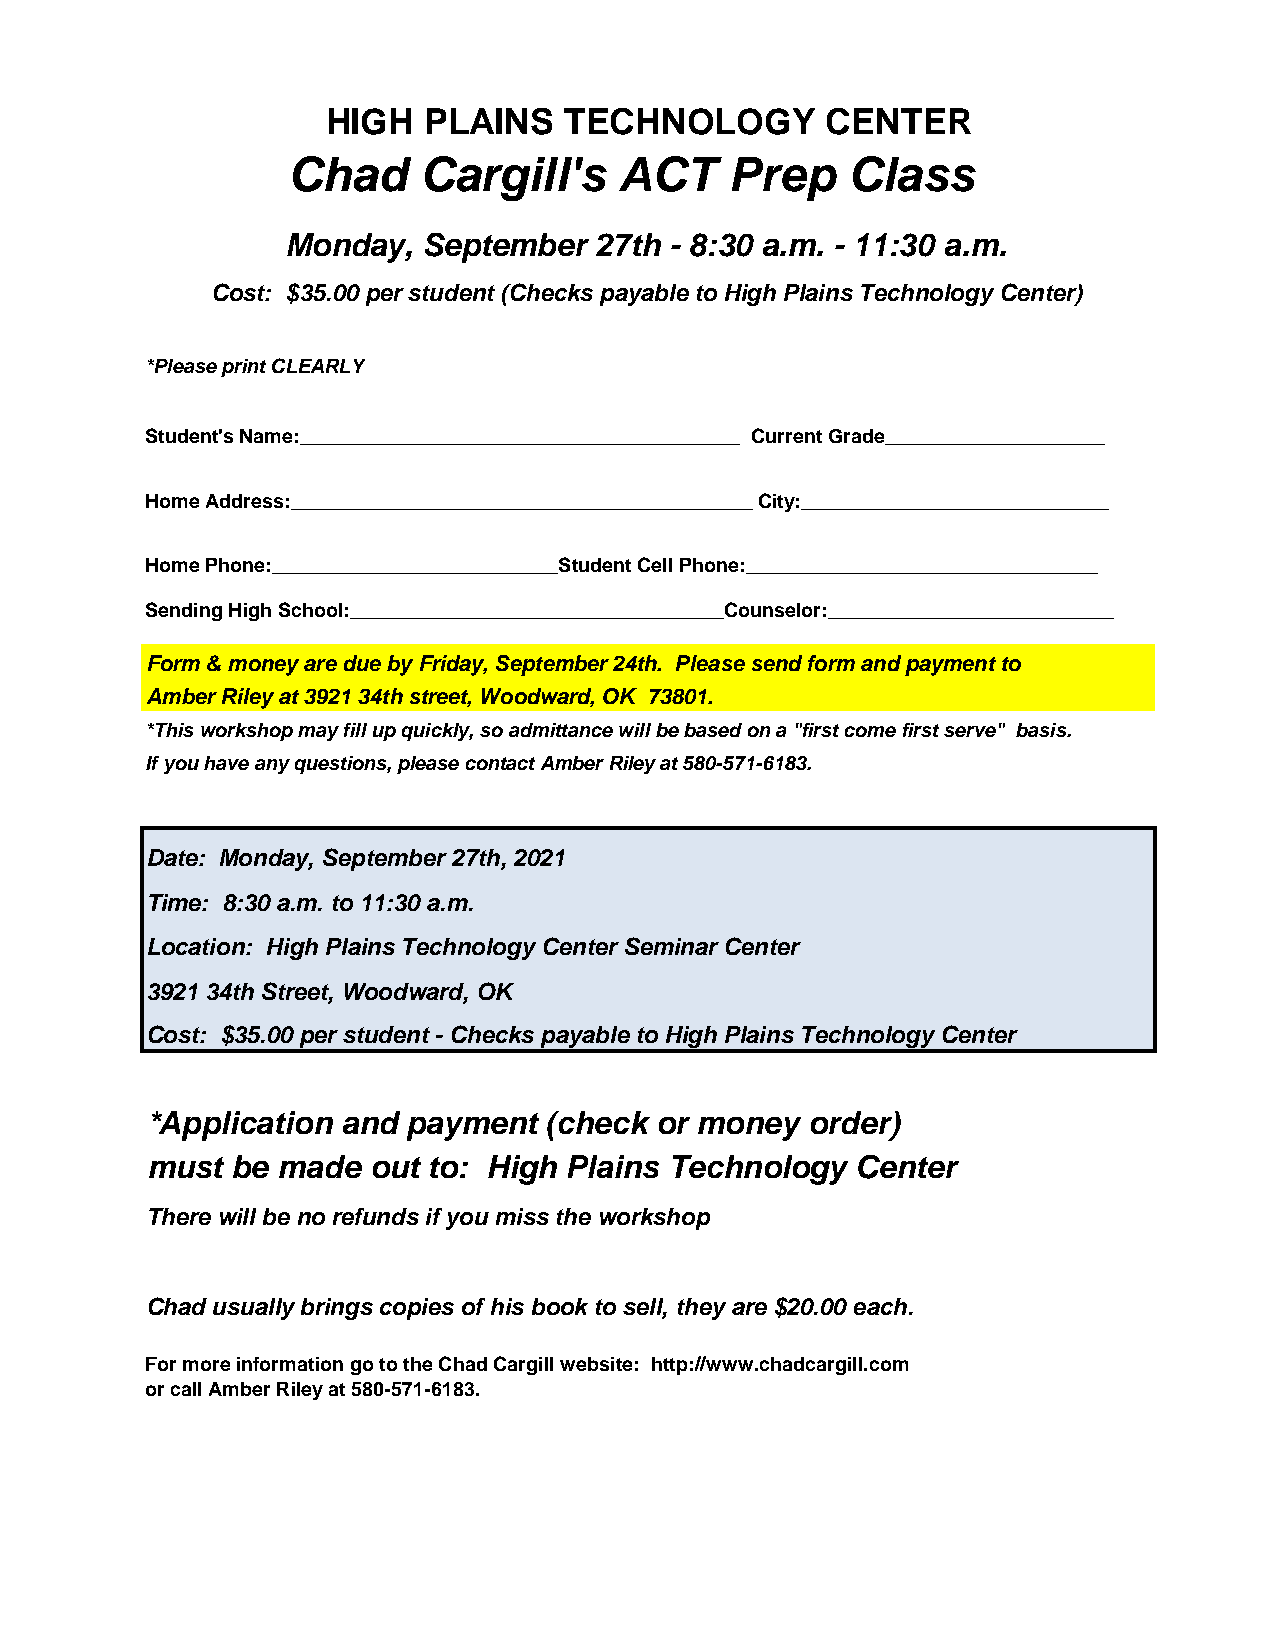
HIGH  PLAINS   TECHNOLOGY        CENTER
 Chad     Cargill's    ACT    Prep    Class
 Monday,  September  27th - 8:30 a.m. - 11:30 a.m.
 Cost: $35.00 per student (Checks payable to High Plains Technology Center)
 *Please print CLEARLY
 Student's Name:________________________________________ Current Grade____________________
 Home Address:__________________________________________ City:____________________________
 Home Phone:__________________________Student Cell Phone:________________________________
 Sending High School:__________________________________Counselor:__________________________
 Form & money are due by Friday, September 24th. Please send form and payment to
 Amber Riley at 3921 34th street, Woodward, OK 73801.
 *This workshop may fill up quickly, so admittance will be based on a "first come first serve" basis.
 If you have any questions, please contact Amber Riley at 580-571-6183.
 Date: Monday, September 27th, 2021
 Time: 8:30 a.m. to 11:30 a.m.
 Location: High Plains Technology Center Seminar Center
 3921 34th Street, Woodward, OK
 Cost: $35.00 per student - Checks payable to High Plains Technology Center
 *Application and payment  (check or money  order)
 must be made  out to: High Plains Technology   Center
 There will be no refunds if you miss the workshop
 Chad usually brings copies of his book to sell, they are $20.00 each.
 For more information go to the Chad Cargill website: http://www.chadcargill.com
 or call Amber Riley at 580-571-6183.